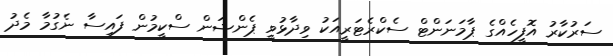
ސަރުކާރު އޮފީހެއްގެ ޕާމަނަންޓް ސެކްރެޓަރީއަކު ވިދާޅުވީ ޕެންޝަން ސްކީމުން ފައިސާ ނެގުމާ މެދު